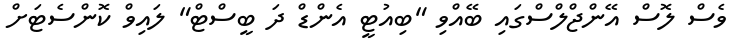
ވެސް ލޮސް އޭންޖްލްސްގައި ބޭއްވި "ބިއުޓީ އެންޑް ދަ ބީސްޓް" ލައިވް ކޮންސެޓަށް